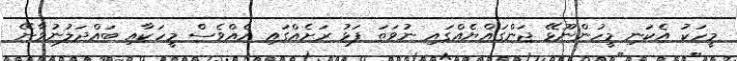
މީހަކު އެކަނި މީހުންނޫޅޭ ޖަންގައްޔެއްގައި ނުވަތަ ފަޅު ރަށެއްގައި އެއްވެސް މީހަކާއި ބައްދަލުނުވާނޭ